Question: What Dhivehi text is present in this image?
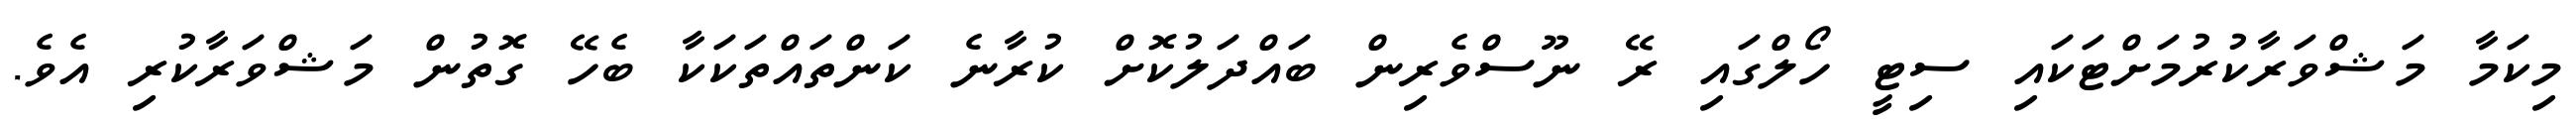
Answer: މިކަމާ މަޝްވަރާކުރުމަށްޓަކައި ސިޓީ ހޯލްގައި ރޭ ނޫސްވެރިން ބައްދަލުކޮށް ކުރާނެ ކަންތައްތަކަކާ ބެހޭ ގޮތުން މަޝްވަރާކުރި އެވެ.